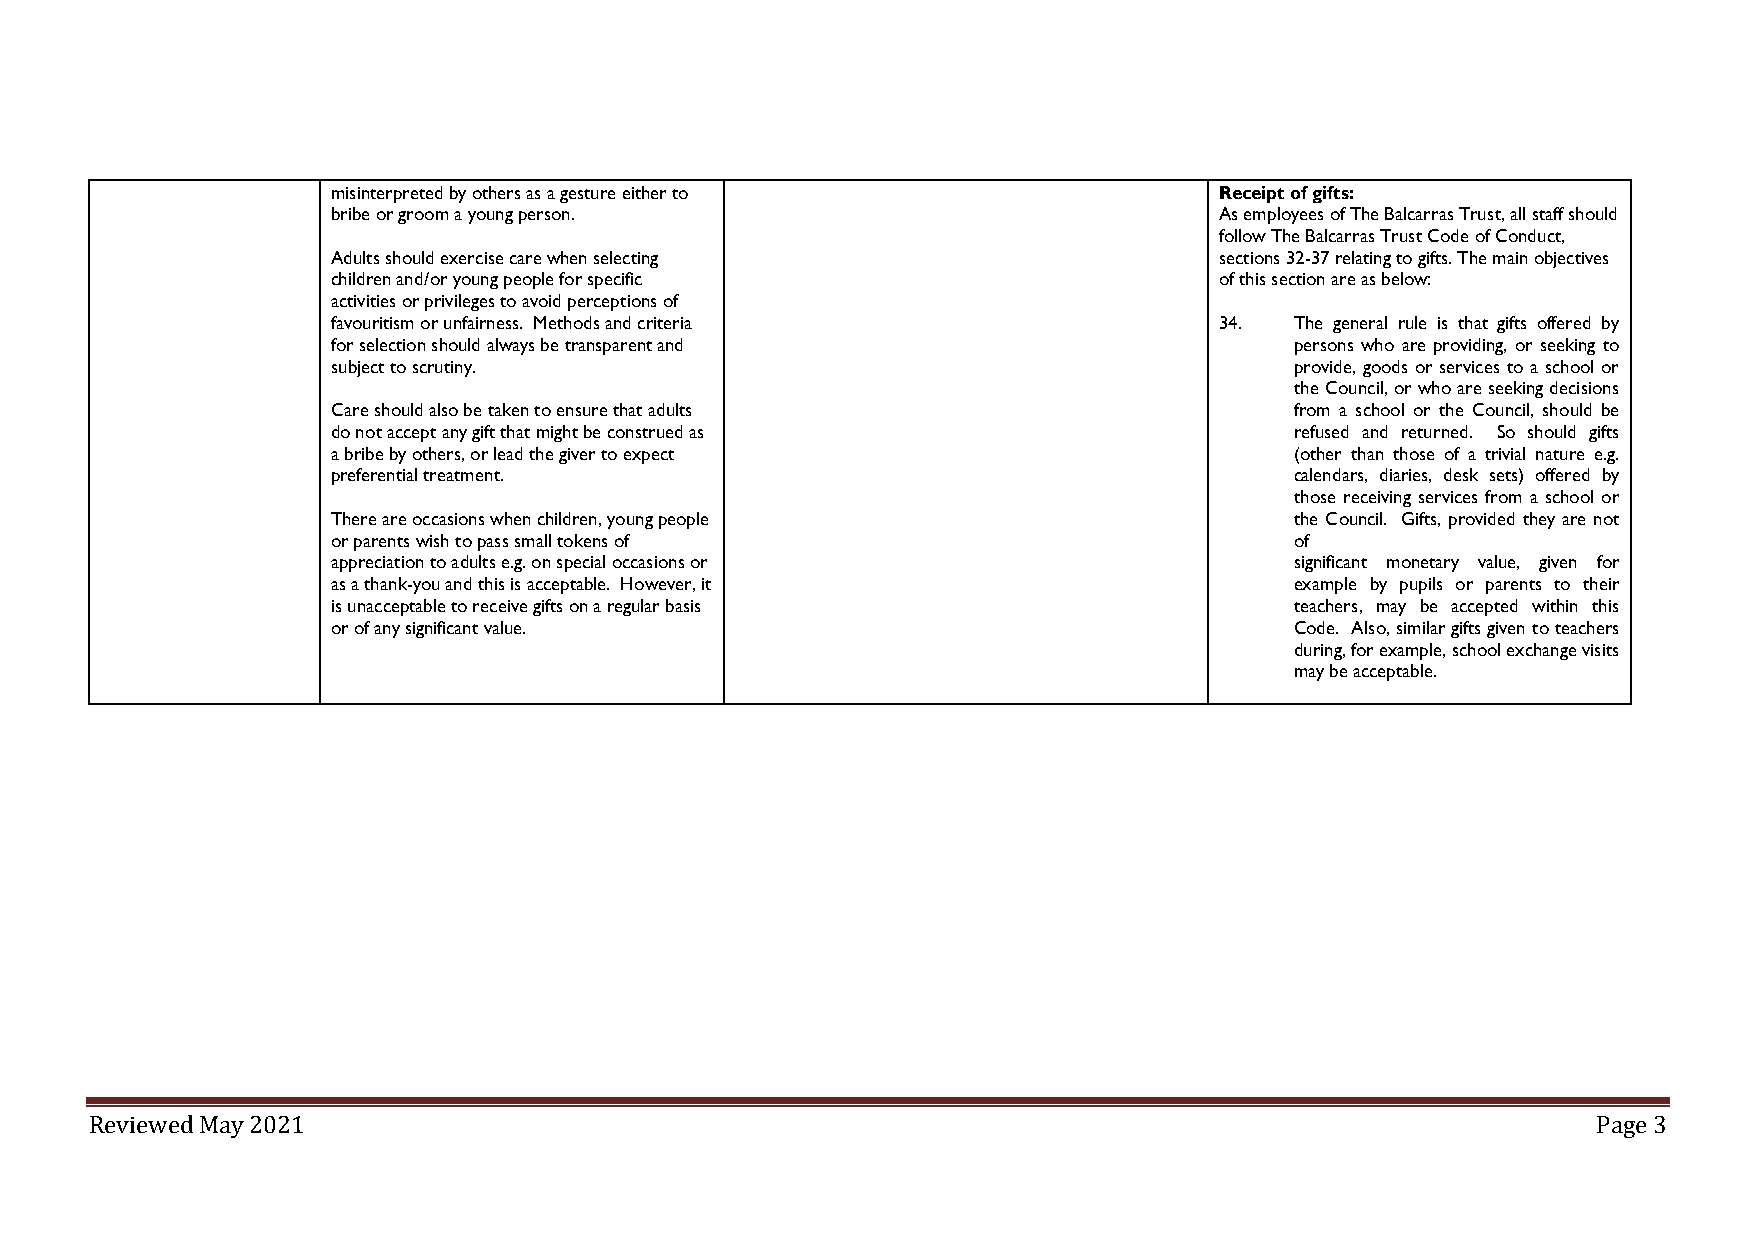
misinterpreted by others as a gesture either to            Receipt of gifts:
 bribe or groom a young person.                             As employees of The Balcarras Trust, all staff should
 follow The Balcarras Trust Code of Conduct,
 Adults should exercise care when selecting                 sections 32-37 relating to gifts. The main objectives
 children and/or young people for specific                  of this section are as below:
 activities or privileges to avoid perceptions of
 favouritism or unfairness. Methods and criteria            34.  The general rule is that gifts offered by
 for selection should always be transparent and                  persons who are providing, or seeking to
 subject to scrutiny.                                            provide, goods or services to a school or
 the Council, or who are seeking decisions
 Care should also be taken to ensure that adults                 from a school or the Council, should be
 do not accept any gift that might be construed as               refused and returned. So should gifts
 a bribe by others, or lead the giver to expect                  (other than those of a trivial nature e.g.
 preferential treatment.                                         calendars, diaries, desk sets) offered by
 those receiving services from a school or
 There are occasions when children, young people                 the Council. Gifts, provided they are not
 or parents wish to pass small tokens of                         of
 appreciation to adults e.g. on special occasions or             significant monetary value, given for
 as a thank-you and this is acceptable. However, it              example by pupils or parents to their
 is unacceptable to receive gifts on a regular basis             teachers, may be accepted within this
 or of any significant value.                                    Code. Also, similar gifts given to teachers
 during, for example, school exchange visits
 may be acceptable.
 Reviewed May 2021                                                                                   Page 3